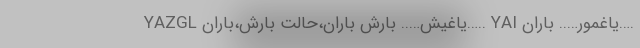
YAZGL یاغیش….. بارش باران،حالت بارش،باران….. YAI یاغمور….. باران….